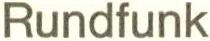
Rundfunk